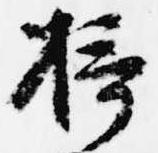
摂